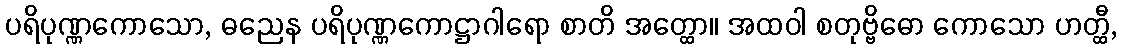
ပရိပုဏ္ဏကောသော, ဓညေန ပရိပုဏ္ဏကောဋ္ဌာဂါရော စာတိ အတ္ထော။ အထဝါ စတုဗ္ဗိဓော ကောသော ဟတ္ထီ,